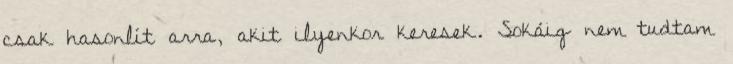
csak hasonlít arra, akit ilyenkor keresek. Sokáig nem tudtam